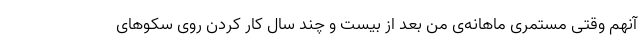
آنهم وقتی مستمری ماهانه‌ی من بعد از بیست و چند سال کار کردن روی سکوهای